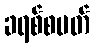
ခရစ်စမတ်